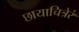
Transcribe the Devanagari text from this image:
छायाचित्रेरं